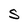
Character: S